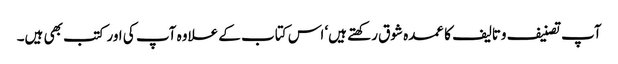
آپ تصنیف وتالیف کا عمدہ شوق رکھتے ہیں‘ اس کتاب کے علاوہ آپ کی اور کتب بھی ہیں۔